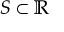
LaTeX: S \subset \mathbb { R }